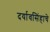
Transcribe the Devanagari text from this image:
दर्यावसिंहाचे